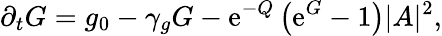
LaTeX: \partial_{t}G=g_{0}-\gamma_{g}G-\mathrm{e}^{-Q}\left(\mathrm{e}^{G}-1\right)|A|^{2},